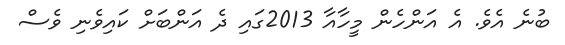
ބުނެ އެވެ. އެ އަންހެން މީހާއާ 2013ގައި ދެ އަންބަށް ކައިވެނި ވެސް